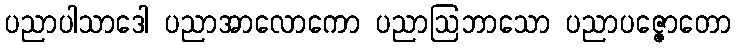
ပညာပါသာဒေါ ပညာအာလောကော ပညာဩဘာသော ပညာပဇ္ဇောတော